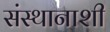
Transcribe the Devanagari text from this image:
संस्थानाशी